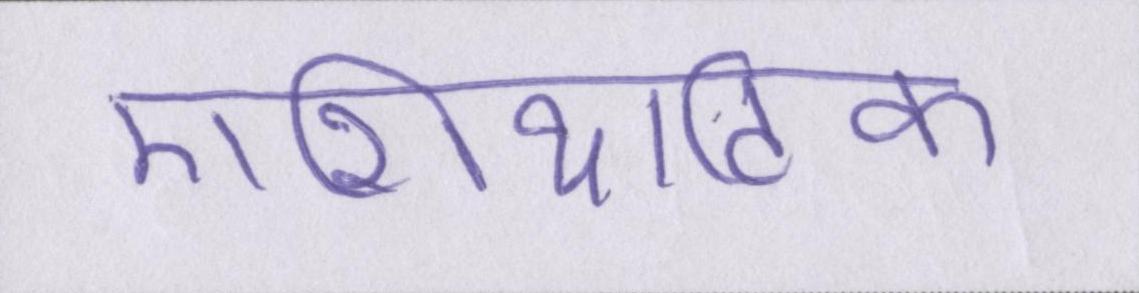
एशियाटिक